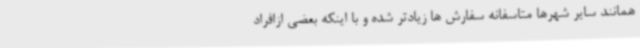
همانند سایر شهرها متاسفانه سفارش ها زیادتر شده و با اینکه بعضی ازافراد